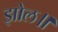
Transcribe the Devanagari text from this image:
झोल॥